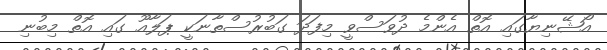
އޯޝޭނިޔާގައި އޮތް އެންމެ ދުވަސްވީ މިފަދަ ގަބުރުސްތާނަކީ ޕަލާއޫ ގައި އޮތް މިބުނި